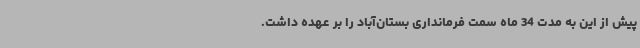
پیش از این به مدت 34 ماه سمت فرمانداری بستان‌آباد را بر عهده داشت.